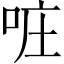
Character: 𠲕